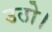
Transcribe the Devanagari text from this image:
उठो।